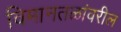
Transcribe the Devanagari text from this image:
विमानतळांवरील